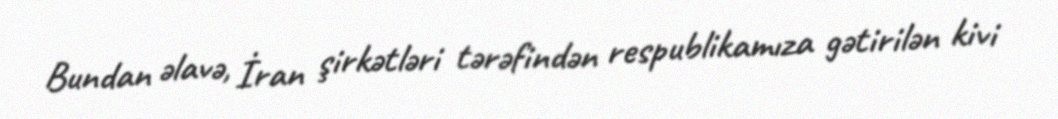
Bundan əlavə, İran şirkətləri tərəfindən respublikamıza gətirilən kivi